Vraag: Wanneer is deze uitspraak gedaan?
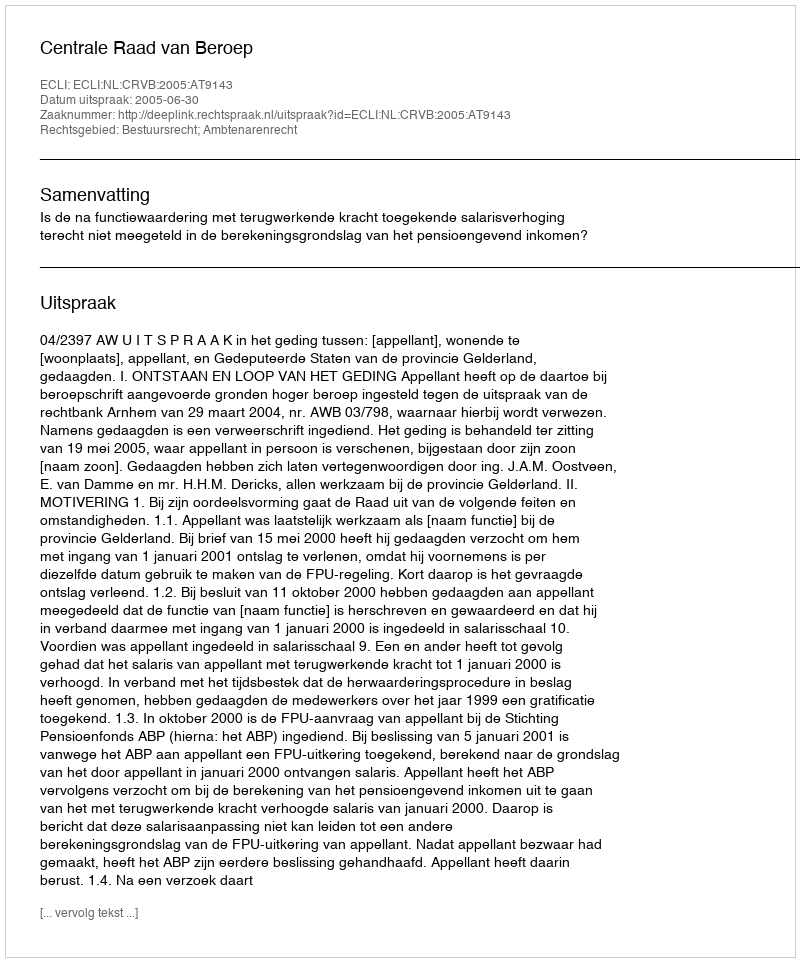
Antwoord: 2005-06-30